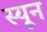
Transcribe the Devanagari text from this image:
स्यून